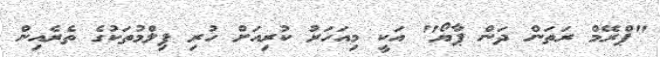
"ޕްރޭމް ރަތަން ދަން ޕާޔޯ" އަކީ މިއަހަރު ކުރިއަށް ހުރި ފިލްމުތަކުގެ ތެރެއިން